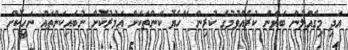
އަދި މިގެއްލުން ބަޔާން ކުރެއްވުމުގެ ކުރިން "ހެޔޮ ކަންތަކަށް އަމުރުކޮށް ނުބައިކަންތައް ނަހީކޮށް